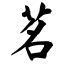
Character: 茗